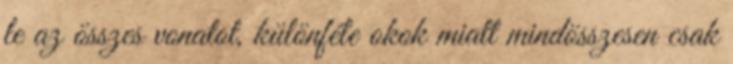
le az összes vonatot, különféle okok miatt mindösszesen csak